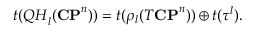
t ( { \cal Q H } _ { l } ( { \bf C P } ^ { n } ) ) = t ( \rho _ { l } ( T { \bf C P } ^ { n } ) ) \oplus t ( { \tau ^ { l } } ) .